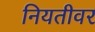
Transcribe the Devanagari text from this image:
नियतीवर